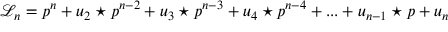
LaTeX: { \mathcal L } _ { n } = p ^ { n } + u _ { 2 } \star p ^ { n - 2 } + u _ { 3 } \star p ^ { n - 3 } + u _ { 4 } \star p ^ { n - 4 } + . . . + u _ { n - 1 } \star p + u _ { n } \,